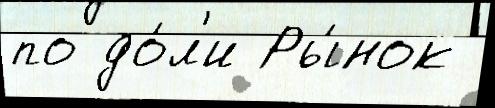
по до́л'и Ры́нок